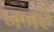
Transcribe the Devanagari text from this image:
नजरे